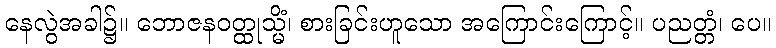
နေလွဲအခါ၌။ ဘောဇနဝတ္ထုသ္မိံ၊ စားခြင်းဟူသော အကြောင်းကြောင့်။ ပညတ္တံ၊ ပေ။